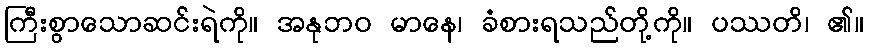
ကြီးစွာသောဆင်းရဲကို။ အနုဘဝ မာနေ၊ ခံစားရသည်တို့ကို။ ပဿတိ၊ ၏။